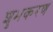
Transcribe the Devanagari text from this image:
शुभकरण